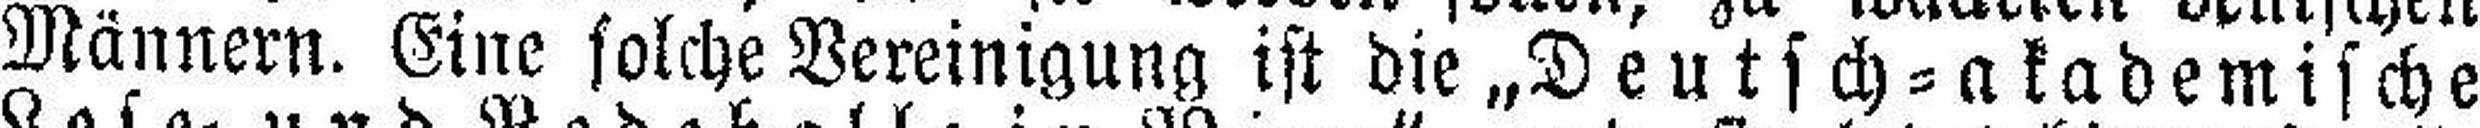
Männern. Eine solche Vereinigung ist die „Deutsch=akademische